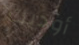
أوديت